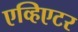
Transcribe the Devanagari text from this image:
एव्हिएटर